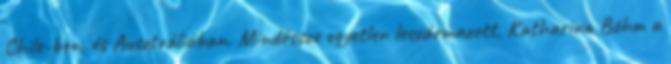
Chile-ben, és Ausztráliában. Mindössze egyetlen leszármazott, Katharina Böhm a